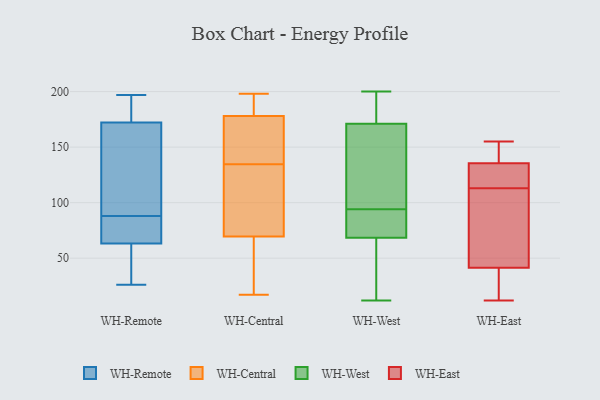
{"axis": {"x": "Production Output", "y": "Value"}, "legend": ["WH-Central", "WH-East", "WH-Remote", "WH-West"], "data": [{"x": "", "y": 26, "type": "WH-Remote"}, {"x": "", "y": 177, "type": "WH-Remote"}, {"x": "", "y": 88, "type": "WH-Remote"}, {"x": "", "y": 171, "type": "WH-Remote"}, {"x": "", "y": 91, "type": "WH-Remote"}, {"x": "", "y": 39, "type": "WH-Remote"}, {"x": "", "y": 176, "type": "WH-Remote"}, {"x": "", "y": 197, "type": "WH-Remote"}, {"x": "", "y": 65, "type": "WH-Remote"}, {"x": "", "y": 84, "type": "WH-Remote"}, {"x": "", "y": 158, "type": "WH-Remote"}, {"x": "", "y": 80, "type": "WH-Remote"}, {"x": "", "y": 58, "type": "WH-Remote"}, {"x": "", "y": 124, "type": "WH-Central"}, {"x": "", "y": 145, "type": "WH-Central"}, {"x": "", "y": 175, "type": "WH-Central"}, {"x": "", "y": 181, "type": "WH-Central"}, {"x": "", "y": 61, "type": "WH-Central"}, {"x": "", "y": 147, "type": "WH-Central"}, {"x": "", "y": 17, "type": "WH-Central"}, {"x": "", "y": 197, "type": "WH-Central"}, {"x": "", "y": 120, "type": "WH-Central"}, {"x": "", "y": 198, "type": "WH-Central"}, {"x": "", "y": 64, "type": "WH-Central"}, {"x": "", "y": 75, "type": "WH-Central"}, {"x": "", "y": 167, "type": "WH-West"}, {"x": "", "y": 12, "type": "WH-West"}, {"x": "", "y": 175, "type": "WH-West"}, {"x": "", "y": 65, "type": "WH-West"}, {"x": "", "y": 80, "type": "WH-West"}, {"x": "", "y": 91, "type": "WH-West"}, {"x": "", "y": 194, "type": "WH-West"}, {"x": "", "y": 97, "type": "WH-West"}, {"x": "", "y": 26, "type": "WH-West"}, {"x": "", "y": 160, "type": "WH-West"}, {"x": "", "y": 200, "type": "WH-West"}, {"x": "", "y": 72, "type": "WH-West"}, {"x": "", "y": 53, "type": "WH-East"}, {"x": "", "y": 30, "type": "WH-East"}, {"x": "", "y": 139, "type": "WH-East"}, {"x": "", "y": 113, "type": "WH-East"}, {"x": "", "y": 147, "type": "WH-East"}, {"x": "", "y": 18, "type": "WH-East"}, {"x": "", "y": 113, "type": "WH-East"}, {"x": "", "y": 155, "type": "WH-East"}, {"x": "", "y": 117, "type": "WH-East"}, {"x": "", "y": 12, "type": "WH-East"}, {"x": "", "y": 132, "type": "WH-East"}, {"x": "", "y": 86, "type": "WH-East"}]}